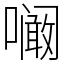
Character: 㘎